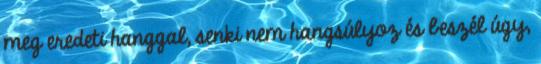
meg eredeti hanggal, senki nem hangsúlyoz és beszél úgy,